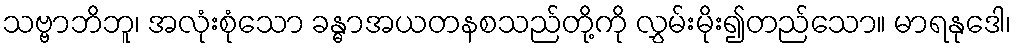
သဗ္ဗာဘိဘူ၊ အလုံးစုံသော ခန္ဓာအယတနစသည်တို့ကို လွှမ်းမိုး၍တည်သော။ မာရနုဒေါ၊